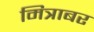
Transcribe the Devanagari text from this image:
मित्राबर